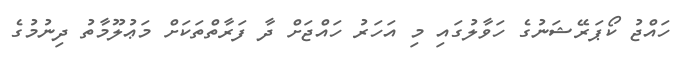
ހައްޖު ކޯޕަރޭޝަނުގެ ހަވާލުގައި މި އަހަރު ހައްޖަށް ދާ ފަރާތްތަކަށް މަޢުލޫމާތު ދިނުމުގެ